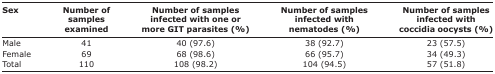
<table><thead><tr><td><b>Sex</b></td><td><b>Number of samples examined</b></td><td><b>Number of samples infected with one or more GIT parasites (%)</b></td><td><b>Number of samples infected with nematodes (%)</b></td><td><b>Number of samples infected with coccidiaoocysts (%)</b></td></tr></thead><tbody><tr><td>Male</td><td>41</td><td>40 (97.6)</td><td>38 (92.7)</td><td>23 (57.5)</td></tr><tr><td>Female</td><td>69</td><td>68 (98.6)</td><td>66 (95.7)</td><td>34 (49.3)</td></tr><tr><td>Total</td><td>110</td><td>108 (98.2)</td><td>104 (94.5)</td><td>57 (51.8)</td></tr></tbody></table>